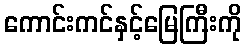
ကောင်းကင်နှင့်မြေကြီးကို